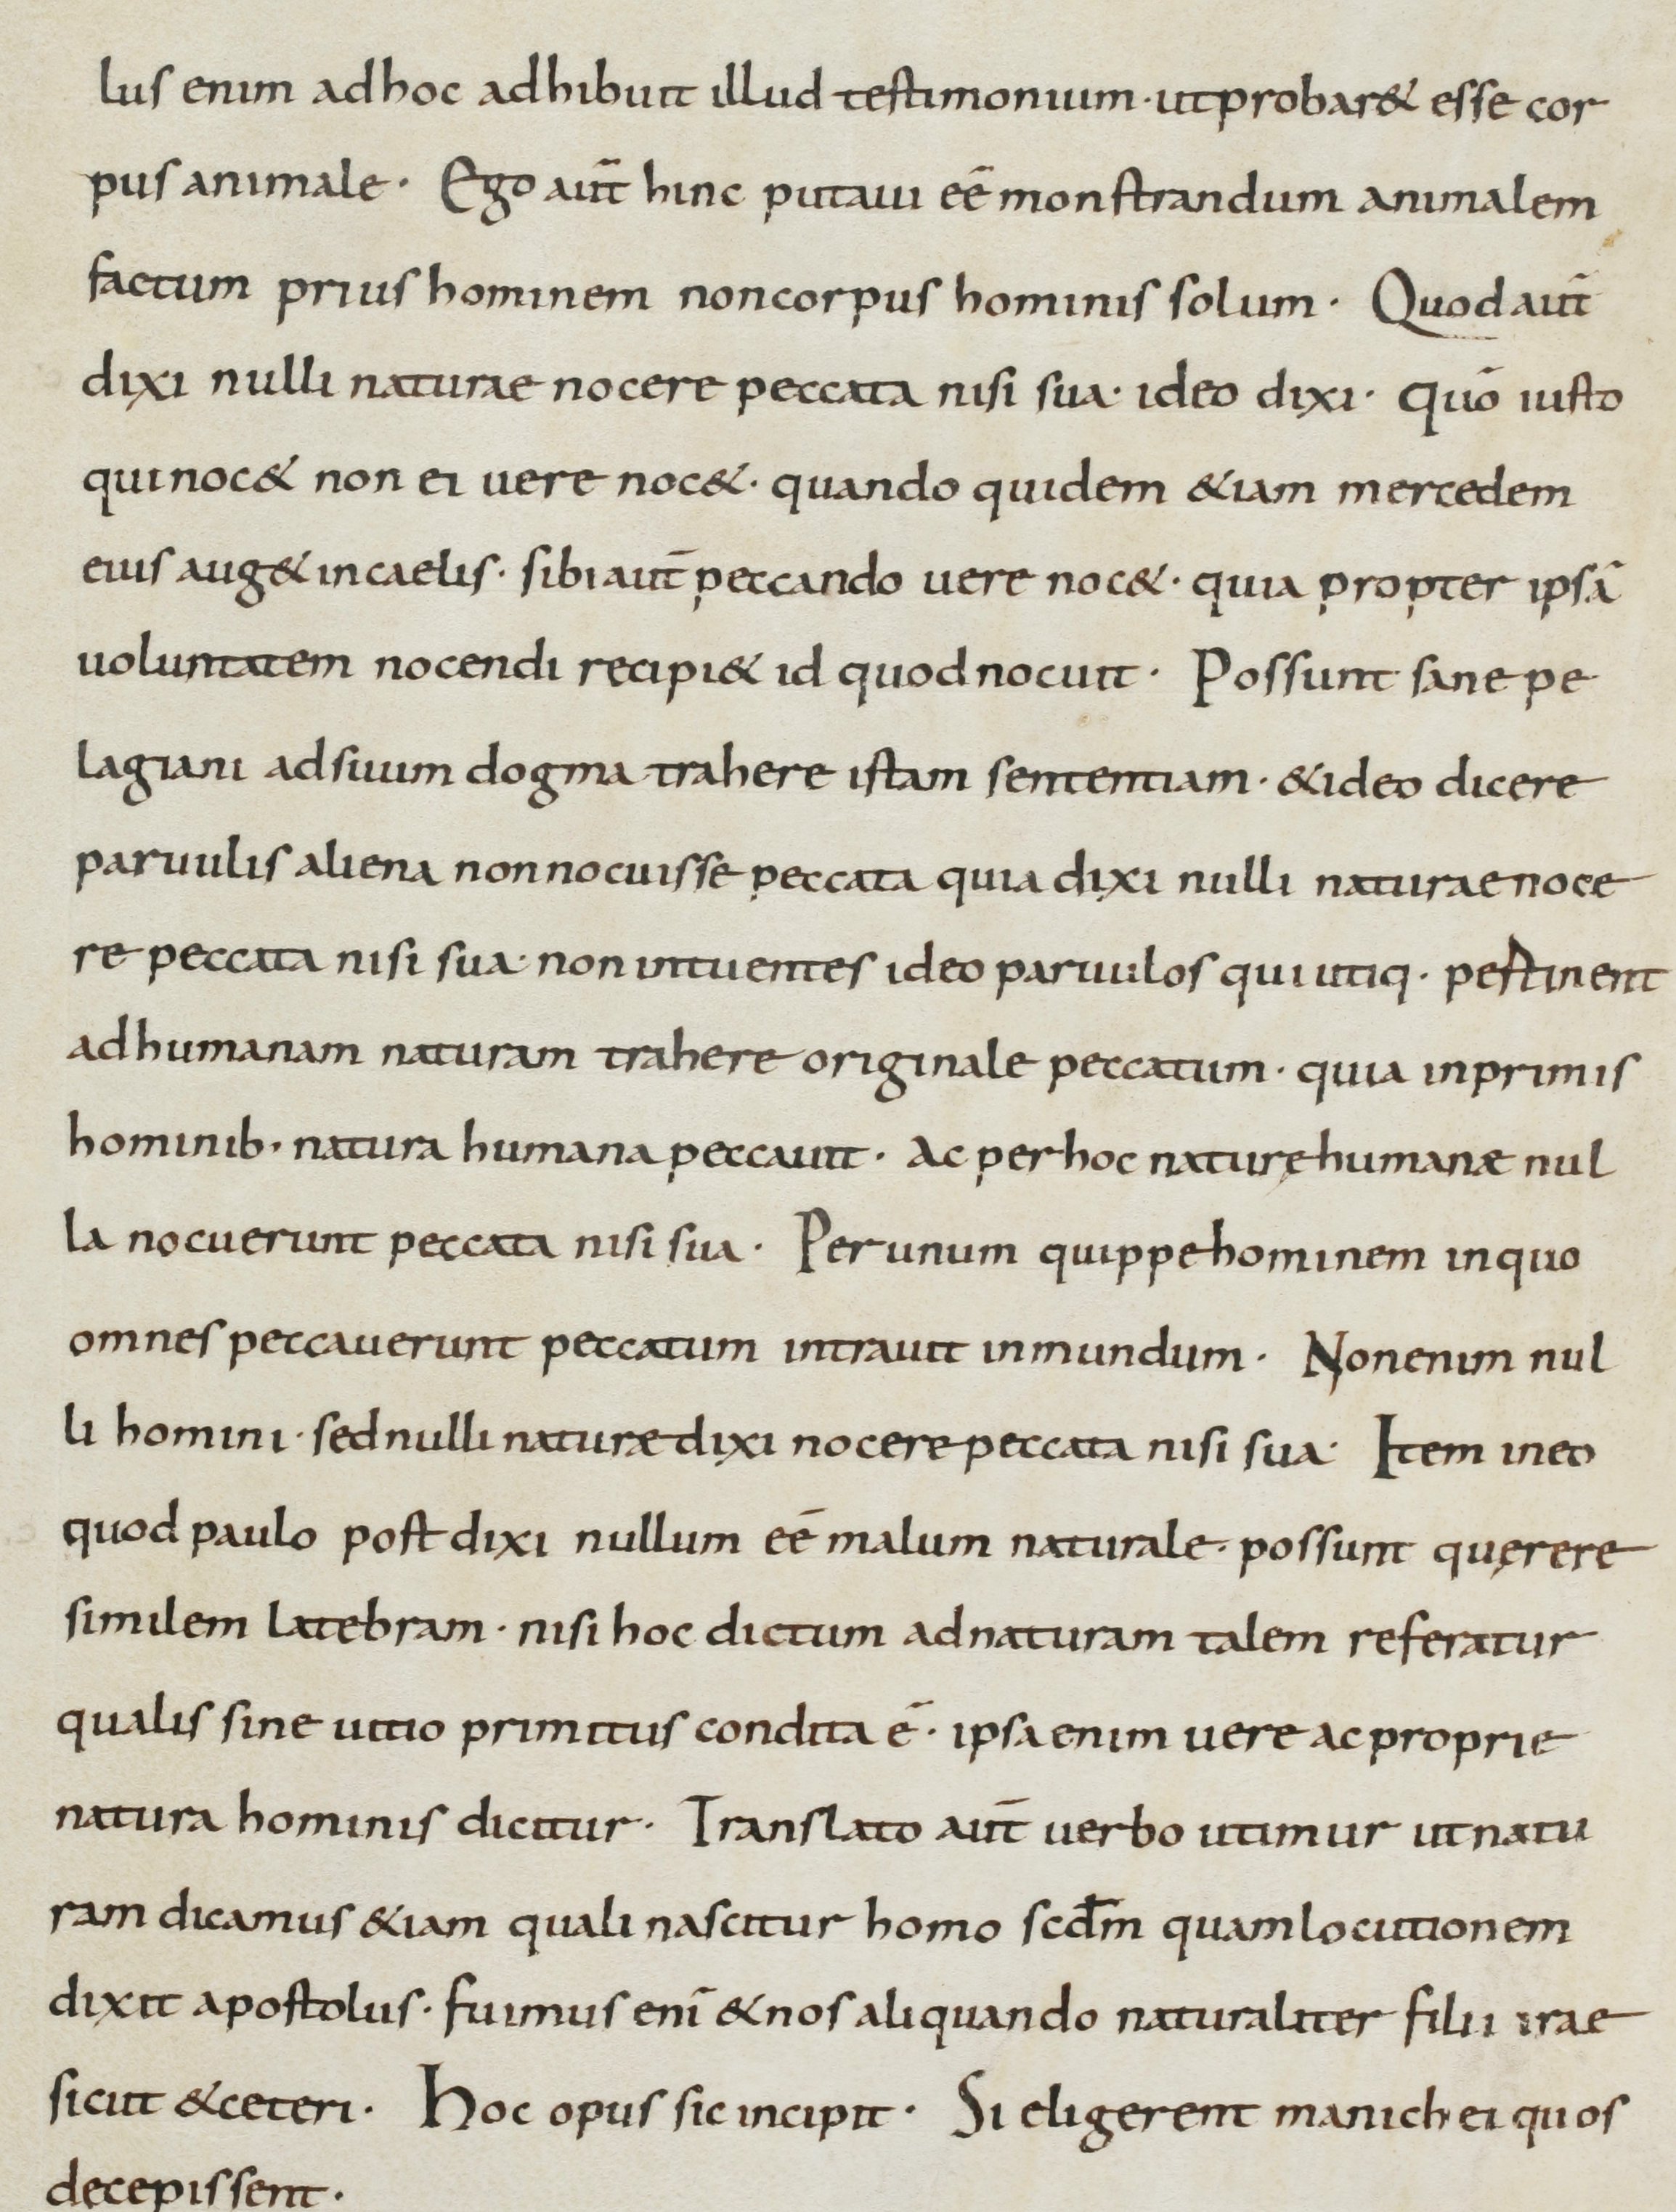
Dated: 800–899